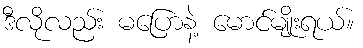
ဒီလိုလည်း မပြောနဲ့ မောင်မျိုးရယ်။